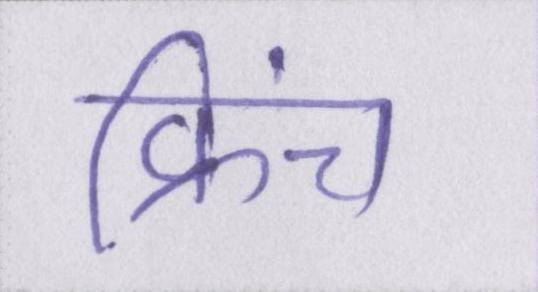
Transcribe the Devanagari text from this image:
फ्रेंच